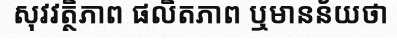
សុវវត្ថិភាព ផលិតភាព ឬមានន័យថា